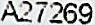
A27269